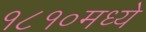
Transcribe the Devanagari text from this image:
१८१०मध्ये